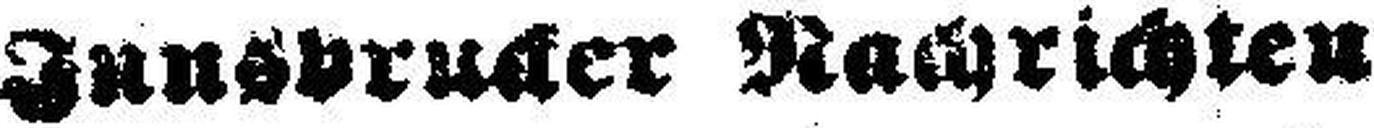
Innsbrucker Nachrichten